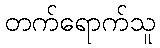
တက်ရောက်သူ